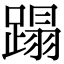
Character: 蹋